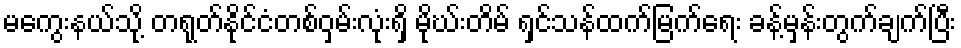
မကွေးနယ်သို့ တရုတ်နိုင်ငံတစ်ဝှမ်းလုံးရှိ မိုဃ်းတိမ် ရှင်သန်ထက်မြက်ရေး ခန့်မှန်းတွက်ချက်ပြီး